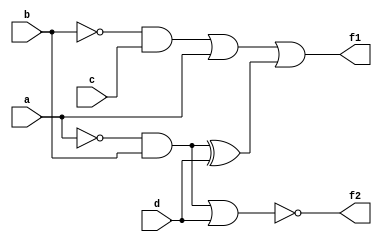
module prob_4_49(f1, f2, a, b, c, d);
    output f1, f2;
    input a, b, c, d;

    wire not_a, not_b, t1, t2, t3, t4, t5;
    
    not(not_a, a);
    not(not_b, b);

    and(t1, not_b, c);
    and(t2, not_a, b);
    or(t3, t1, a);
    xor(t4, t2, d);
    or(t5, t2, d);
    or(f1, t3, t4);
    not(f2, t5);

endmodule

module prob_4_49_tb;
    reg [3:0] in;
    wire f1, f2;
    
    //Instantiate UUT
    prob_4_49 UUT(f1, f2, in[3], in[2], in[1], in[0]);

    //stimulus block
    initial
        begin
            in = 4'b0000;
            repeat (15) #100 in = in + 1'b1; 
        end
    initial $monitor("a = %b, b = %b, c = %b, d = %b, f1 = %b, f2 = %b", in[3], in[2], in[1], in[0], f1, f2);
endmodule